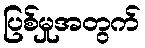
ပြစ်မှုအတွက်